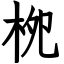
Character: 栁